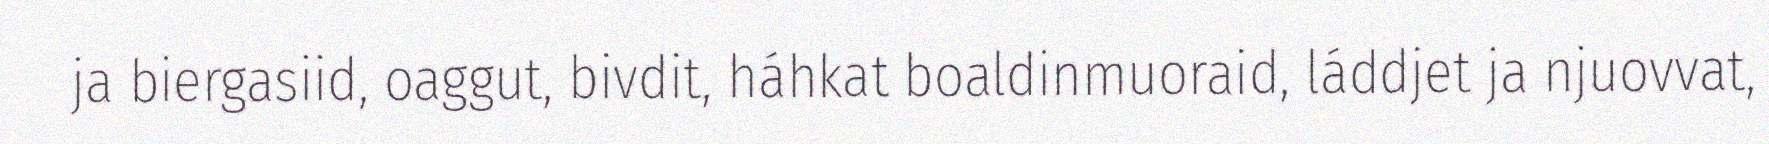
ja biergasiid, oaggut, bivdit, háhkat boaldinmuoraid, láddjet ja njuovvat,